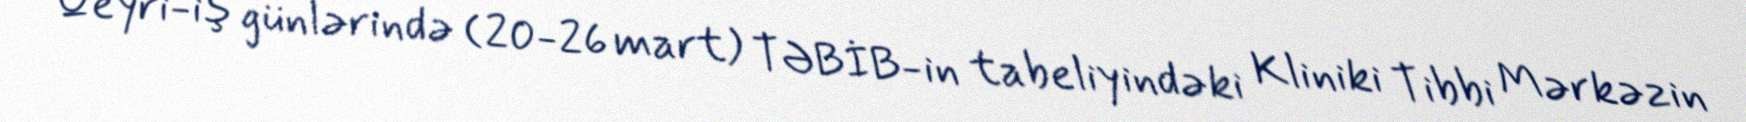
Qeyri-iş günlərində (20-26 mart) TƏBİB-in tabeliyindəki Kliniki Tibbi Mərkəzin